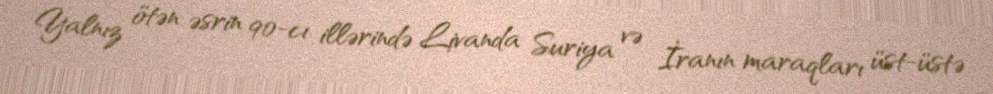
Yalnız ötən əsrin 90-cı illərində Livanda Suriya və İranın maraqları üst-üstə